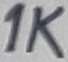
Text: 1K